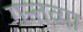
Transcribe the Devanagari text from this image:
गन्तव्या